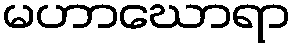
မဟာဃောရာ